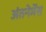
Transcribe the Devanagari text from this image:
अंतनेर्मेंस